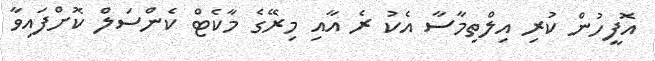
އޮފީހުން ކުރި އިލްތިމާސާ އެކު ރެ އާއި މިރޭގެ މާކެޓް ކެންސަލް ކޮށްފައިވާ